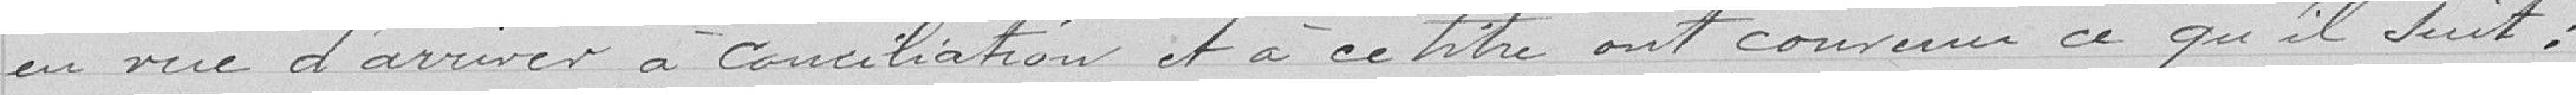
en vue d'arriver à conciliation et à ce titre ont convenu ce qui suit :